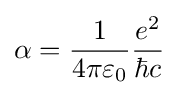
\alpha ={\frac {1}{4\pi \varepsilon _{0}}}{\frac {e^{2}}{\hbar c}}